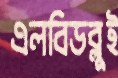
এলবিডব্লুই